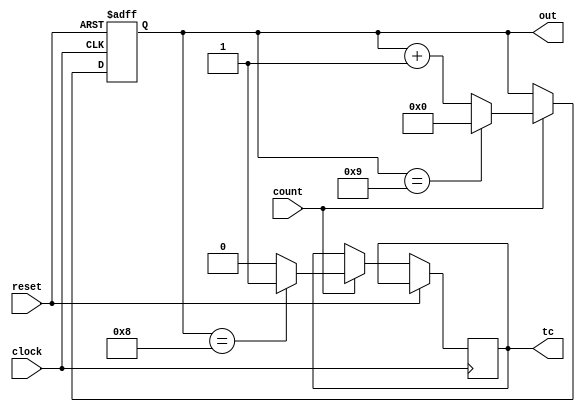
module modNcounter #(parameter [31:0] N = 32'd10)(
    input clock,
    input reset,
    input count,
    output [31:0] out,
    output tc
    );

    reg [31:0] out = 0;
    reg tc = 0;
    
    always @(posedge clock or posedge reset) begin
        if (reset)
            out <= 32'b0;
        else if (count == 1) begin
            if (out == N - 2)
                tc <= 1;
            else
                tc <= 0;
            if (out == N - 1)
                out <= 32'b0;
            else
                out <= out + 1;
        end
    end
    
endmodule